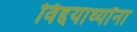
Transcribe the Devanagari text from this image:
विद्दयार्थ्यांना